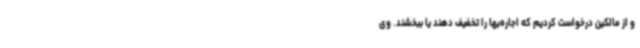
و از مالکین درخواست کردیم که اجاره‌بها را تخفیف دهند یا ببخشند. وی